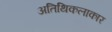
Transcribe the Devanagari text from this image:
अतिथिकलाकार